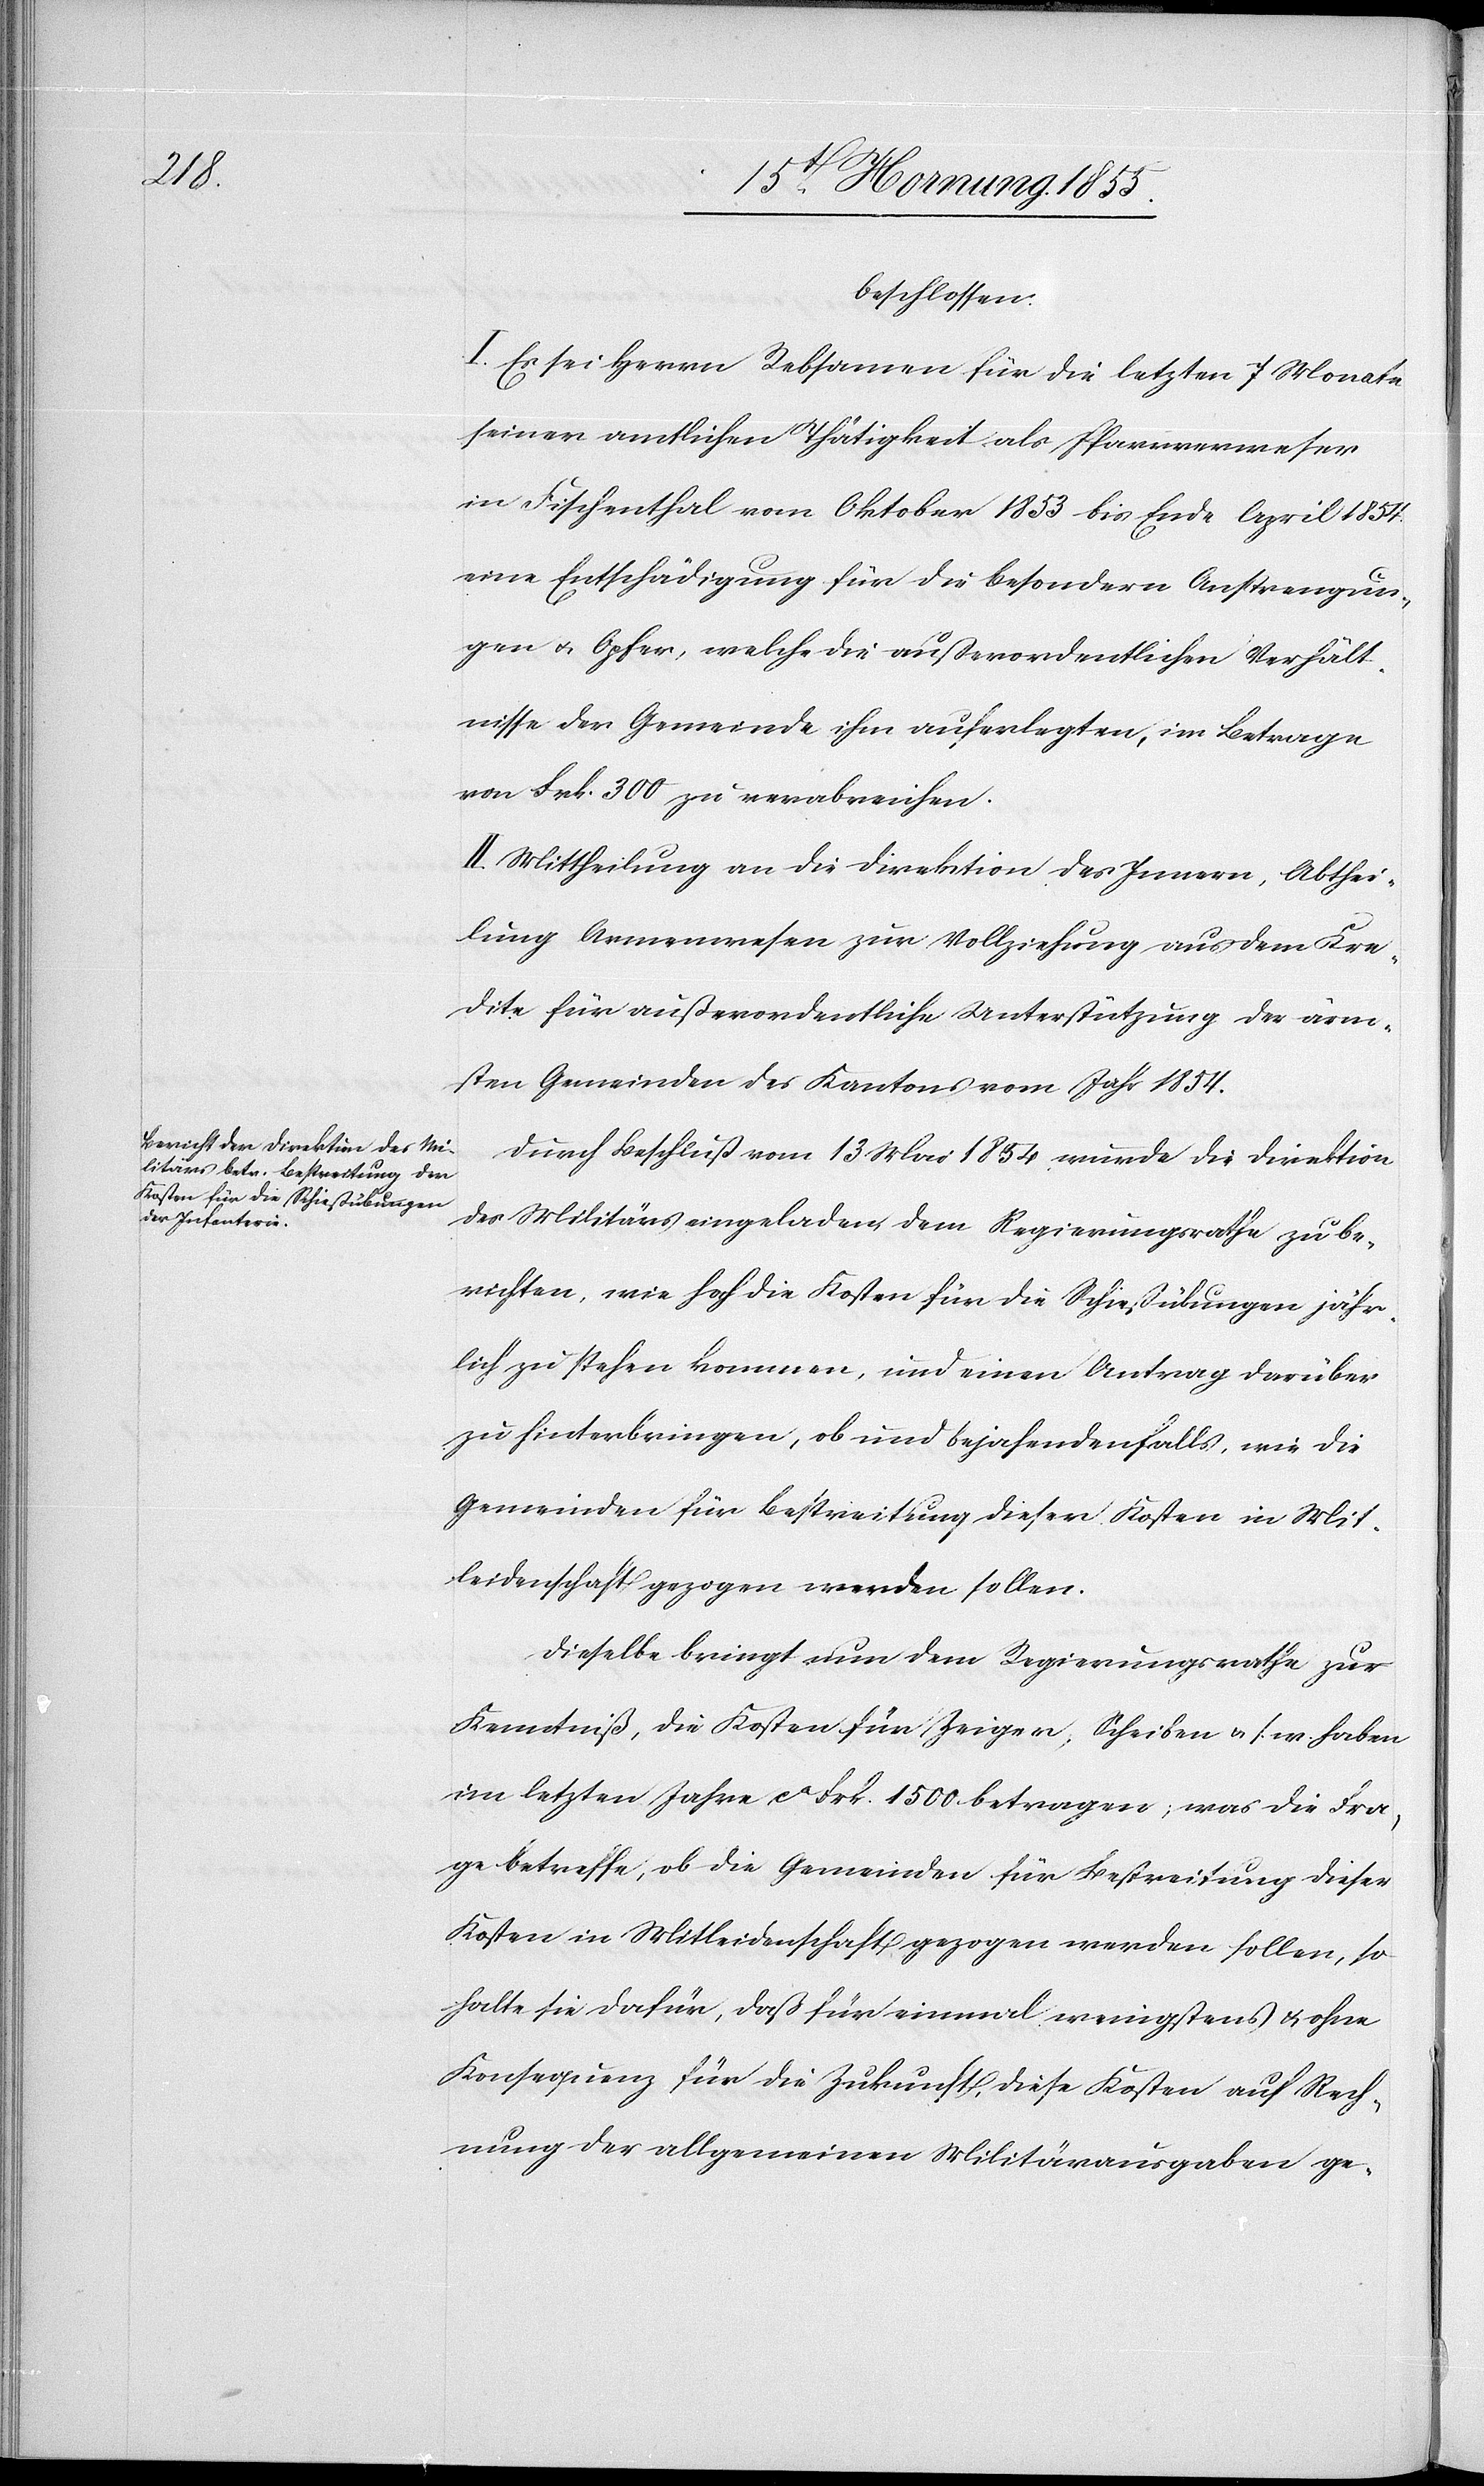
beschlossen:
I. Es sei Herrn Rebsamen für die letzten 7 Monate
seiner amtlichen Thätigkeit als Pfarrverweser
in Fischenthal vom Oktober 1853 bis Ende April 1854.
eine Entschädigung für die besondern Anstrengun¬
gen & Opfer, welche die außerordentlichen Verhält¬
nisse der Gemeinde ihm auferlegten, im Betrage
von Frk. 300 zu verabreichen.
II. Mittheilung an die Direktion des Innern, Abthei¬
lung Armenwesen zur Vollziehung aus dem Kre¬
dite für außerordentliche Unterstützung der ärm¬
sten Gemeinden des Kantons vom Jahr 1854.
Durch Beschluß vom 13 Mai 1854 wurde die Direktion
des Militärs eingeladen, dem Regierungsrathe zu be¬
richten, wie hoch die Kosten für die Schießübungen jähr¬
lich zu stehen kommen, und einen Antrag darüber
zu hinterbringen, ob und bejahendenfalls, wie die
Gemeinden für Bestreitung dieser Kosten in Mit¬
leidenschaft gezogen werden sollen.
Dieselbe bringt nun dem Regierungsrathe zur
Kenntniß, die Kosten für Zeiger, Scheiben & s. w. haben
im letzten Jahre ca Frk. 1500. betragen; was die Fra¬
ge betreffe, ob die Gemeinden für Bestreitung dieser
Kosten in Mitleidenschaft gezogen werden sollen, so
halte sie dafür, daß für einmal wenigstens & ohne
Konsequenz für die Zukunft, diese Kosten auf Rech¬
nung der allgemeinen Militärausgaben ge-